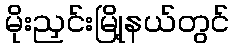
မိုးညှင်းမြို့နယ်တွင်